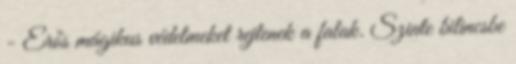
- Erős mágikus védelmeket rejtenek a falak. Szinte bilincsbe